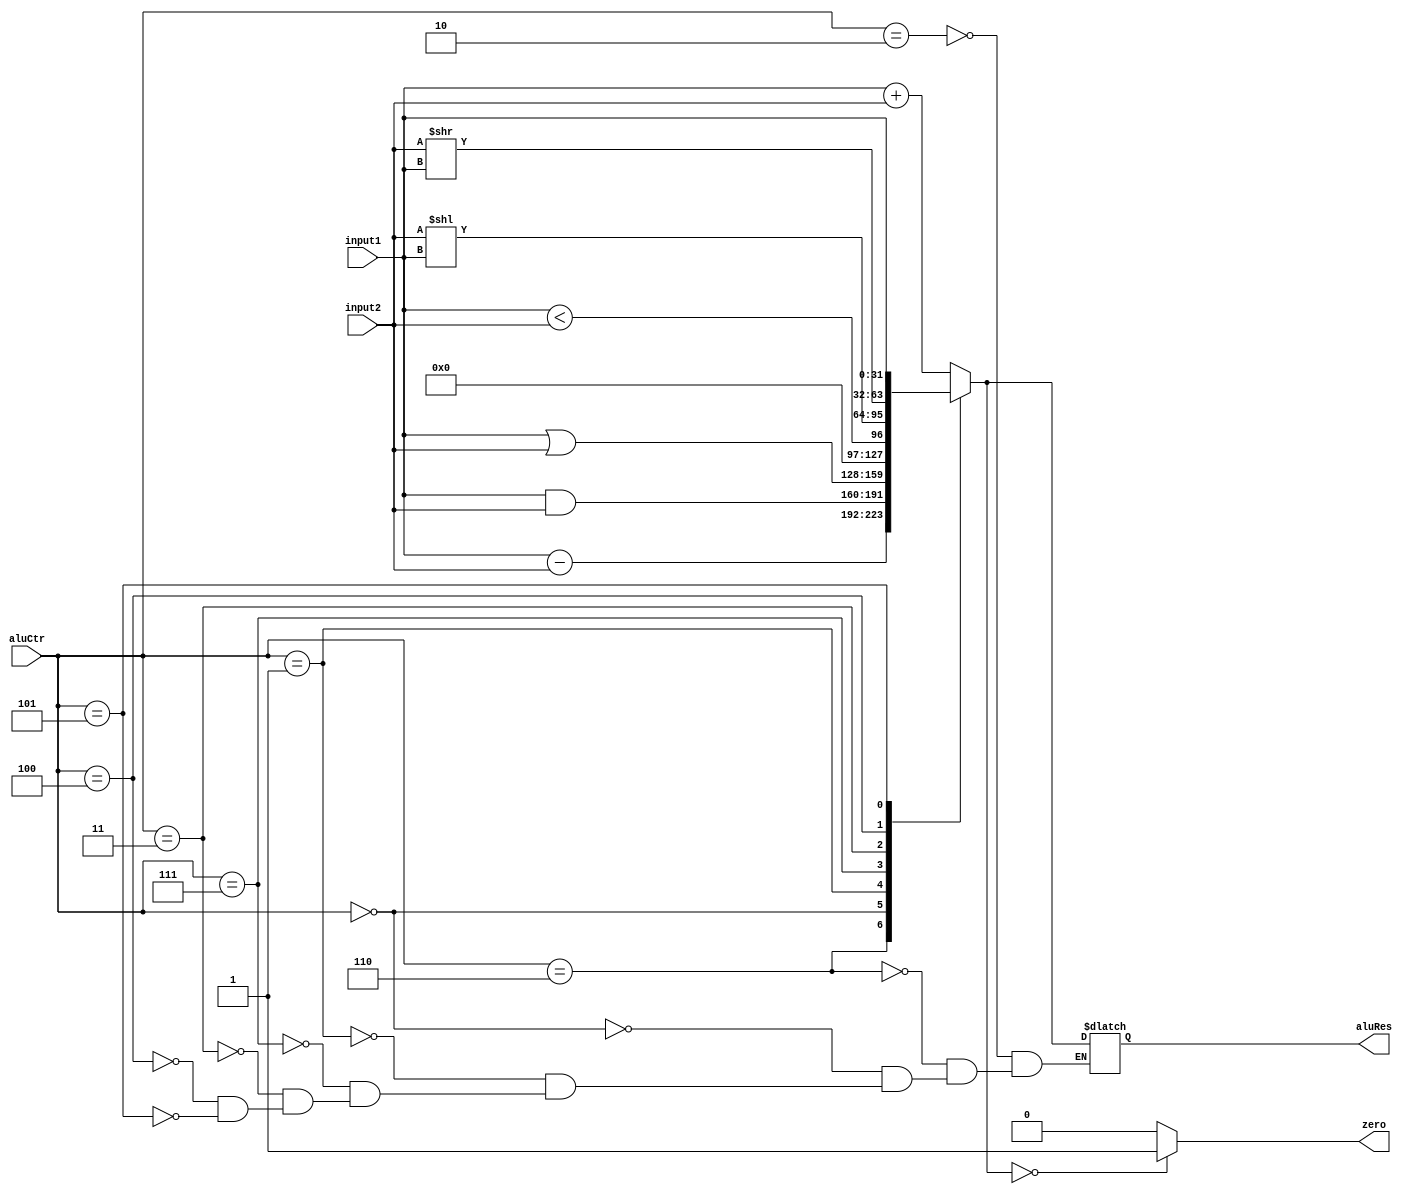
`timescale 1ns / 1ps
//////////////////////////////////////////////////////////////////////////////////
// Company: 
// Engineer: 
// 
// Design Name: 
// Module Name: ALU
// Project Name: 
// Target Devices: 
// Tool Versions: 
// Description: 
// 
// Dependencies: 
// 
// Revision:
// Revision 0.01 - File Created
// Additional Comments:
// 
//////////////////////////////////////////////////////////////////////////////////


module ALU(
    input[31:0] input1,
    input[31:0] input2,
    input[3:0] aluCtr,
    
    output reg zero,
    output reg[31:0] aluRes
);
initial begin
    zero = 0;
    aluRes = 0;
end
    
always @(aluCtr or input1 or input2) begin
    case(aluCtr)
        4'b0010://add
        begin
            aluRes = input1 + input2; 
            $display("add%d,%d",input1,input2);
            end  
        4'b0110://sub
        begin
            aluRes = input1 - input2;
            $display("sub%d,%d",input1,input2);
            end
        4'b0000://and
        begin
            aluRes = input1 & input2;
            $display("and%d,%d",input1,input2);
            end
        4'b0001://or
        begin
            aluRes = input1 | input2;
            $display("or%d,%d",input1,input2);
            end
        4'b0111://slt
        begin
            aluRes = (input1<input2);
            $display("slt%d,%d",input1,input2);
            end
        4'b0011://sll
        begin
            aluRes = (input2<<input1);
            $display("sll%d,%d",input1,input2);
            end
        4'b0100://srl
        begin
            aluRes = (input2>>input1);
            $display("srl%d,%d",input1,input2);
            end
        4'b0101:
        begin
            aluRes = input1;
            end
    endcase
    
    if(aluRes==0)
        zero = 1;
    else
        zero = 0;    
    
    $display("ALU_result:%d",aluRes);
    $display("zero:%d",zero);
end
endmodule